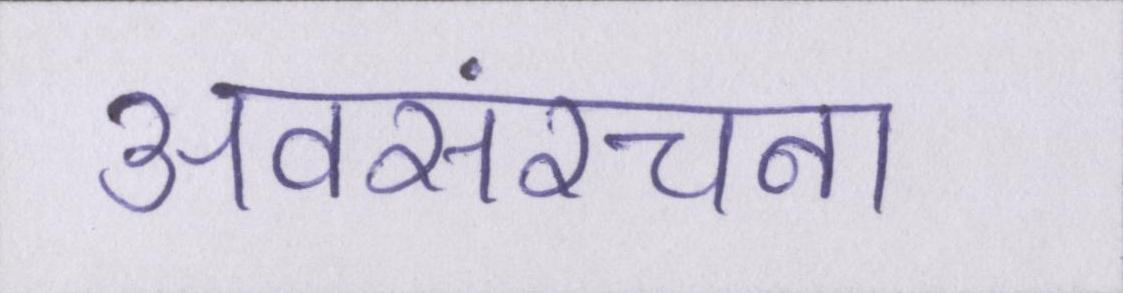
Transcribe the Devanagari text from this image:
अवसंरचना